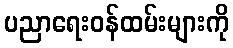
ပညာရေးဝန်ထမ်းများကို